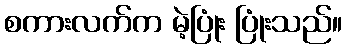
စကားလက်က မဲ့ပြုံး ပြုံးသည်။